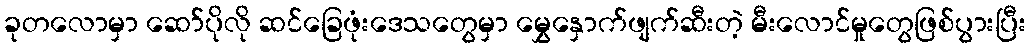
ခုတလောမှာ ဆော်ပိုလို ဆင်ခြေဖုံးဒေသတွေမှာ မွှေနှောက်ဖျက်ဆီးတဲ့ မီးလောင်မှုတွေဖြစ်ပွားပြီး